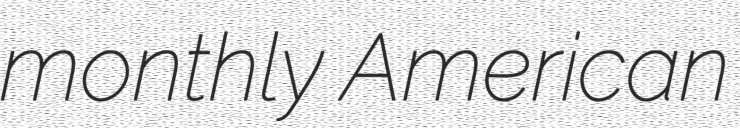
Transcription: monthly American